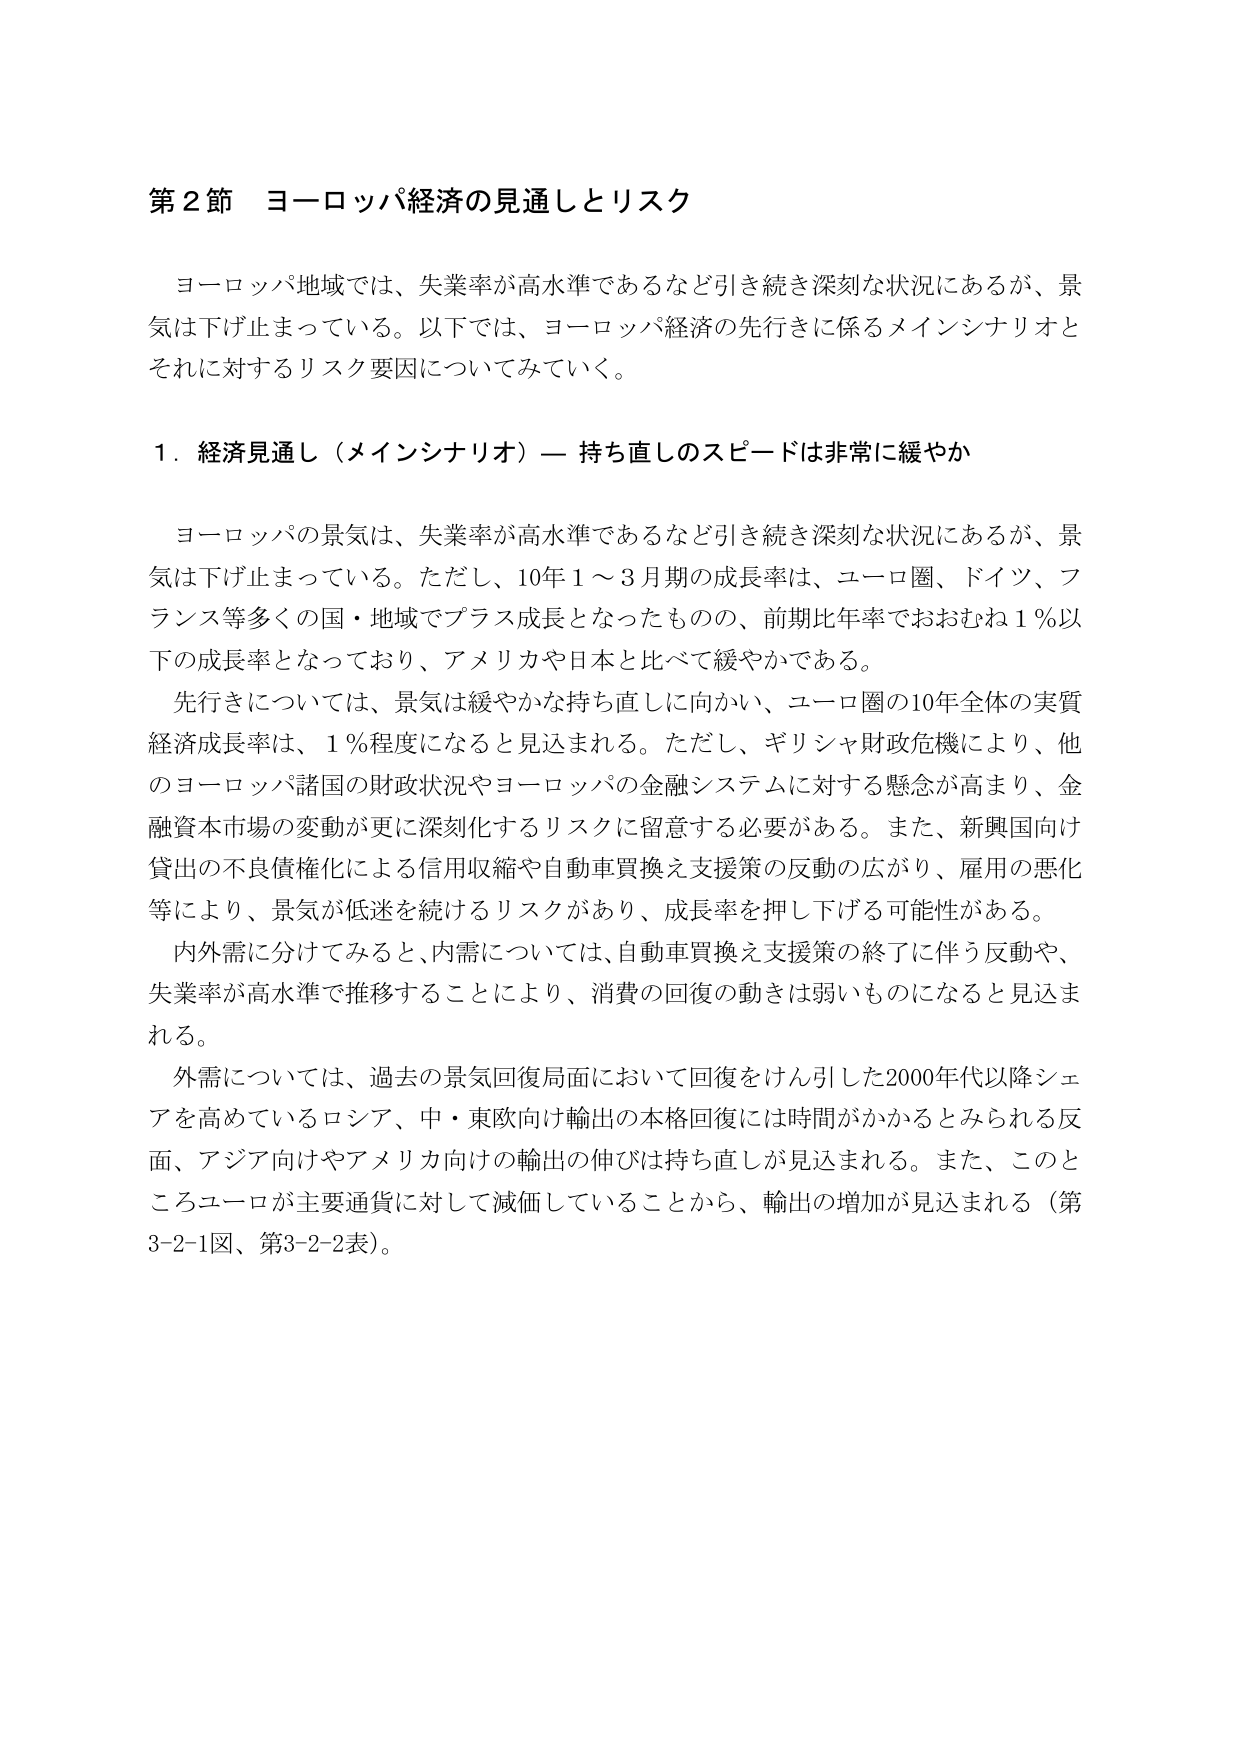
第２節 ヨーロッパ経済の見通しとリスク

ヨーロッパ地域では、失業率が高水準であるなど引き続き深刻な状況にあるが、景気は下げ止まっている。以下では、ヨーロッパ経済の先行きに係るメインシナリオとそれに対するリスク要因についてみていく。

１．経済見通し（メインシナリオ）― 持ち直しのスピードは非常に緩やか

ヨーロッパの景気は、失業率が高水準であるなど引き続き深刻な状況にあるが、景気は下げ止まっている。ただし、10年１～３月期の成長率は、ユーロ圏、ドイツ、フランス等多くの国・地域でプラス成長となったものの、前期比年率でおおむね１％以下の成長率となっており、アメリカや日本と比べて緩やかである。

先行きについては、景気は緩やかな持ち直しに向かい、ユーロ圏の10年全体の実質経済成長率は、１％程度になると見込まれる。ただし、ギリシャ財政危機により、他のヨーロッパ諸国の財政状況やヨーロッパの金融システムに対する懸念が高まり、金融資本市場の変動が更に深刻化するリスクに留意する必要がある。また、新興国向け貸出の不良債権化による信用収縮や自動車買換え支援策の反動の広がり、雇用の悪化等により、景気が低迷を続けるリスクがあり、成長率を押し下げる可能性がある。

内外需に分けてみると、内需については、自動車買換え支援策の終了に伴う反動や、失業率が高水準で推移することにより、消費の回復の動きは弱いものになると見込まれる。

外需については、過去の景気回復局面において回復をけん引した2000年代以降シェアを高めているロシア、中・東欧向け輸出の本格回復には時間がかかるとみられる反面、アジア向けやアメリカ向けの輸出の伸びは持ち直しが見込まれる。また、このところユーロが主要通貨に対して減価していることから、輸出の増加が見込まれる（第3-2-1図、第3-2-2表）。